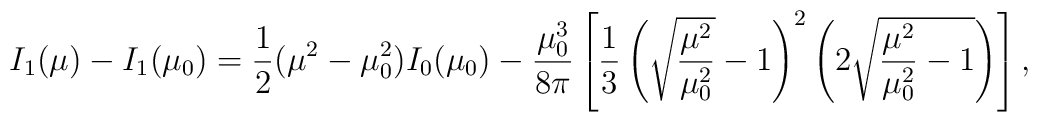
I_1(\mu)-I_1(\mu_0)={1\over 2}(\mu^2-\mu_0^2)I_0(\mu_0) - \frac {\mu_0^3}{8 \pi} \left[ {1\over 3} \left( \sqrt{\frac {\mu^2} {\mu_0^2}} -1\right)^2\left( 2 \sqrt{\frac {\mu^2} {\mu_0^2} -1} \right) \right],